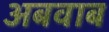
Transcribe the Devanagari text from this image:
अबवाब